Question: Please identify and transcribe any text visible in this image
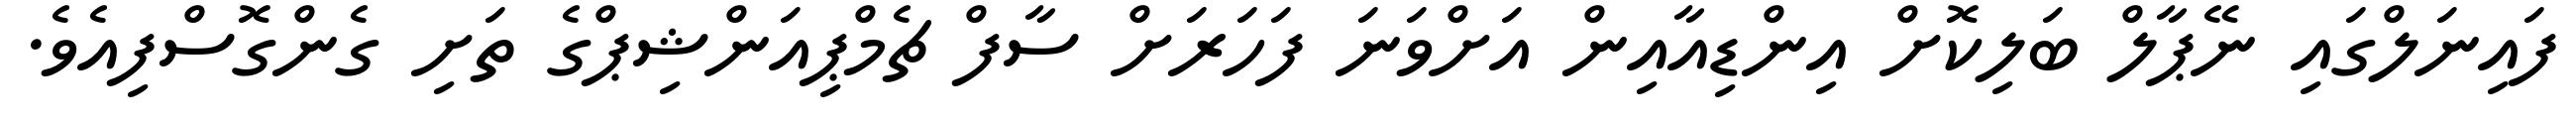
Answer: ފައިނަލްގައި ނޭޕާލް ބަލިކޮށް އިންޑިއާއިން އަށްވަނަ ފަހަރަށް ސާފް ޗެމްޕިއަންޝިޕްގެ ތަށި ގެންގޮސްފިއެވެ.